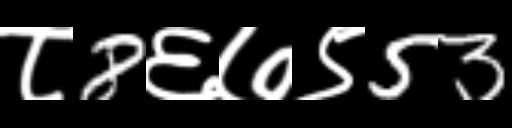
Text: ८8६७९53